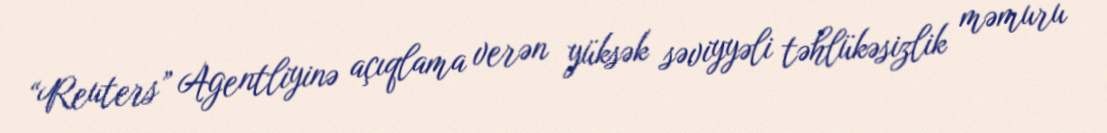
“Reuters” Agentliyinə açıqlama verən yüksək səviyyəli təhlükəsizlik məmuru